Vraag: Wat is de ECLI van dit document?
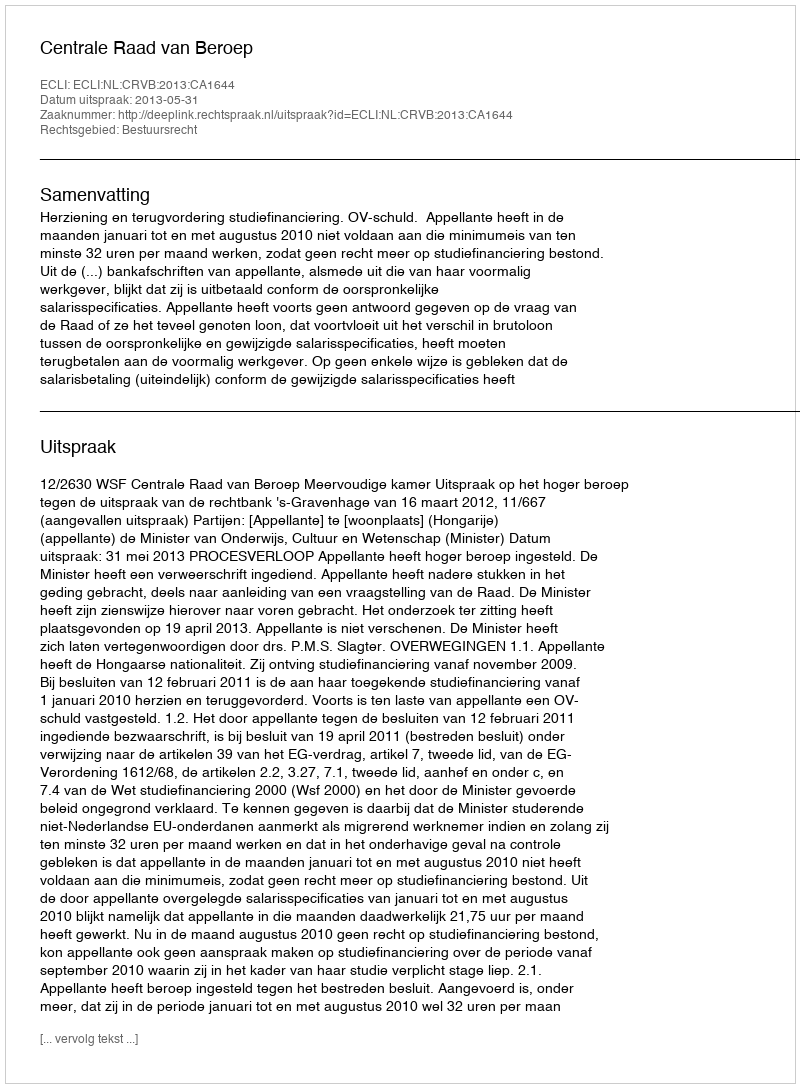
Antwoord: ECLI:NL:CRVB:2013:CA1644